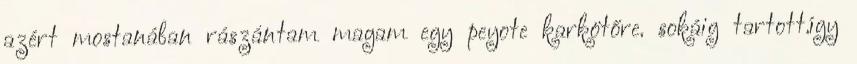
azért mostanában rászántam magam egy peyote karkötőre. sokáig tartott.így